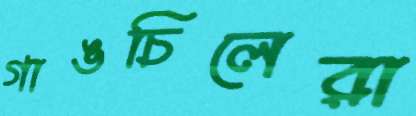
গাঙচিলেরা